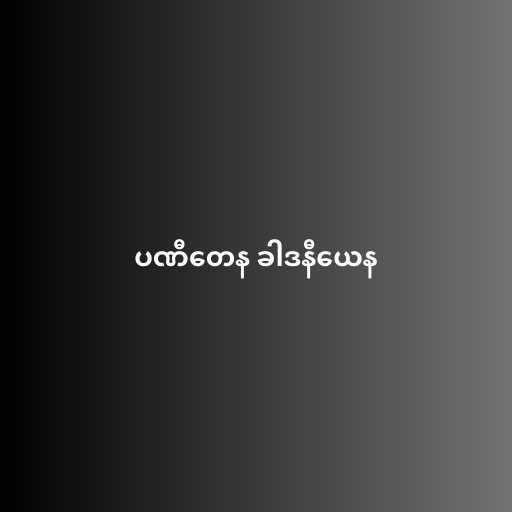
ပဏီတေန ခါဒနီယေန